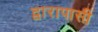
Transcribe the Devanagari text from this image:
द्वारापासी